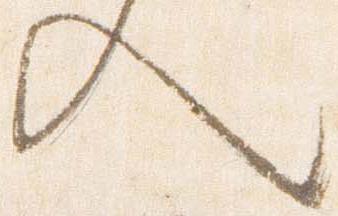
入